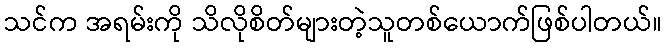
သင်က အရမ်းကို သိလိုစိတ်များတဲ့သူတစ်ယောက်ဖြစ်ပါတယ်။